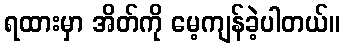
ရထားမှာ အိတ်ကို မေ့ကျန်ခဲ့ပါတယ်။